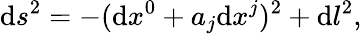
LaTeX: \mathrm{d}s^{2}=-(\mathrm{d}x^{0}+a_{j}\mathrm{d}x^{j})^{2}+\mathrm{d}l^{2},